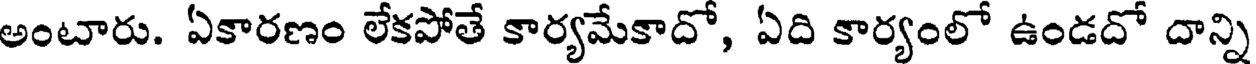
అంటారు. ఏకారణం లేకపోతే కార్యమేకాదో, ఏది కార్యంలో ఉండదో దాన్ని